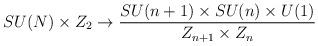
LaTeX: \begin{align*}SU(N)\times Z_2 \rightarrow {{SU(n+1)\times SU(n)\times U(1)} \over {Z_{n+1} \times Z_n }}\end{align*}